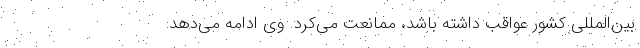
بین‌المللی کشور عواقب داشته باشد، ممانعت می‌کرد. وی ادامه می‌دهد: